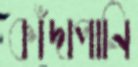
কাঁদাপানি